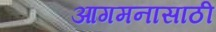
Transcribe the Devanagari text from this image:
आगमनासाठी